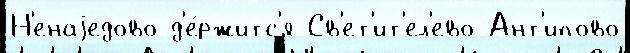
Н'енаjедово д'е́ржитс'я Св'ет'ит'ел'ево Ант'ипово